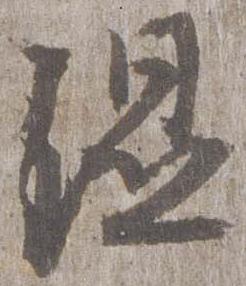
湿